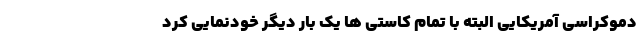
دموکراسی آمریکایی البته با تمام کاستی ها یک بار دیگر خود‌نمایی کرد